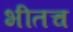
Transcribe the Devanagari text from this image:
भीतच